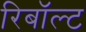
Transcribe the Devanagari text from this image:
रिबॉल्ट